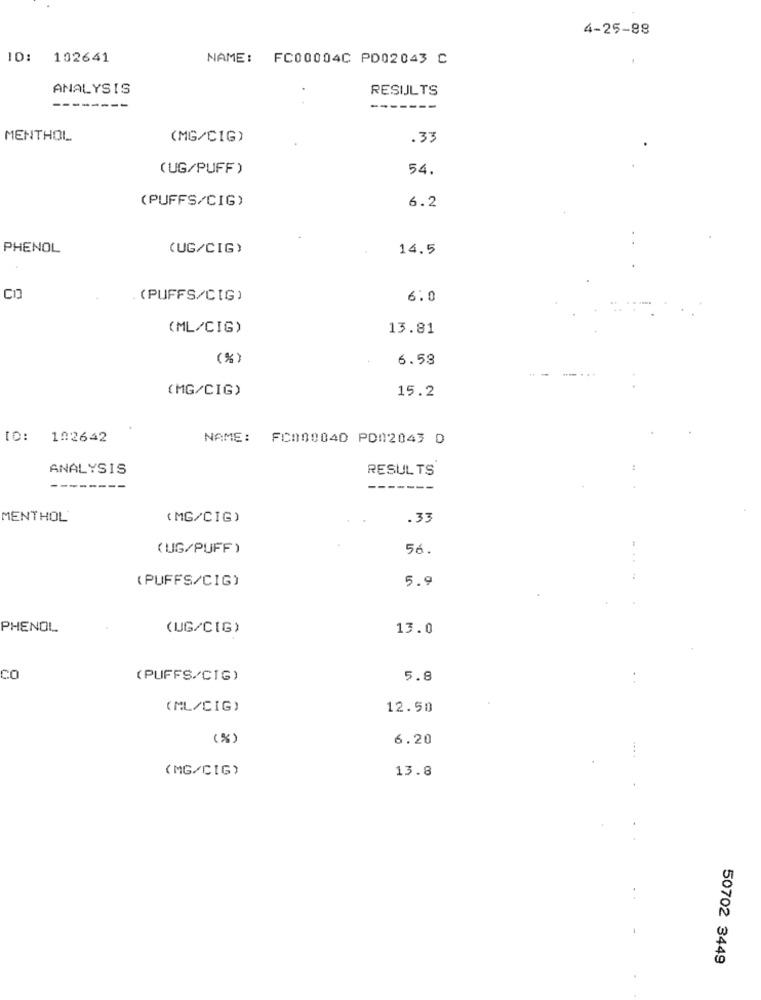
4-25-88
ID: 102641
NAME: FC00004C PD02043 C
ANALYSIS
RESIULTS
--------
-------
MENTHOL
(MG/CIG)
.33
(UG/PUFF )
54.
(PUFFS/CIG)
6.2
PHENOL
(UG/CIG)
14.5
(PUFFS/CIG)
6.0
(ML/CIG)
13.81
(%)
6.58
(MG/CIG)
15.2
102642
NAME: FC000040 PDM2043 D
ANALYSIS
RESULTS
-------
------
MENTHOL'
(MG/CIG)
.33
(UG/PUFF )
56.
(PUFFS/CIG)
5.9
PHENOL
(UG/C[G)
13.0
CO
(PUFFS/CIG)
5.8
(ML/CIG)
12.50
( % )
6.20
(MG/CIG)
13.8
50702 3449